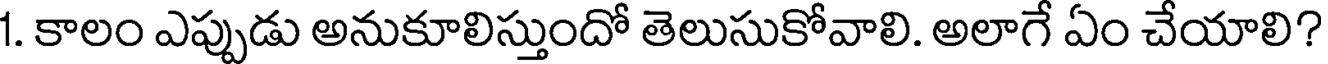
1. కాలం ఎప్పుడు అనుకూలిస్తుందో తెలుసుకోవాలి. అలాగే ఏం చేయాలి?